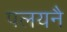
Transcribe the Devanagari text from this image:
पलयनै